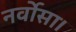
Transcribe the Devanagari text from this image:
नर्वोसा।